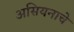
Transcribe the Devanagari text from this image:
असियनाचे